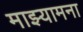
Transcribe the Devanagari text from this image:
माझ्यामना